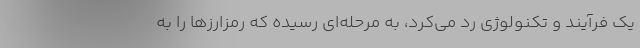
یک فرآیند و تکنولوژی رد می‌کرد، به مرحله‌ای رسیده که رمزارزها را به